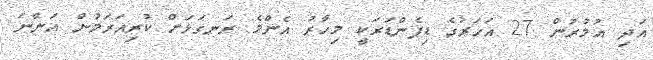
އަދި އުމުރުން 27 އަހަރުގެ ޑިފެންޑަރަކީ މިހާރު އެންމެ ރަނގަޅަށް ކުރިއަރަމުން އަންނަ